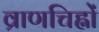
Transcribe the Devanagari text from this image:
व्राणचिह्नों